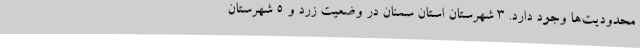
محدودیت‌ها وجود دارد. 3 شهرستان‌ استان سمنان در وضعیت زرد و 5 شهرستان